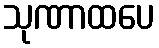
သုဏာထပေ